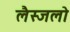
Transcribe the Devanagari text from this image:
लैस्जलो